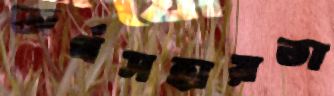
অর্থসহায়তা